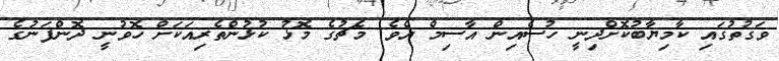
ވަގުތުގައި ކާމިޔާބުކޮށްދިނީ ހުސެއިން އާސިމް އެވެ. މެޗުގެ މޮޅު ކުޅުންތެރިއަކަށް ހޮވުނީ ދޮންފަނުގެ